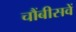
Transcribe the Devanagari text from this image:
चौंबीसवें